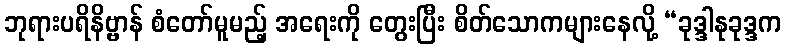
ဘုရားပရိနိဗ္ဗာန် စံတော်မူမည့် အရေးကို တွေးပြီး စိတ်သောကများနေလို့ “ခုဒ္ဒါနုခုဒ္ဒက